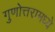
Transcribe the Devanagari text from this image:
गुणोत्तरामध्ये